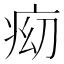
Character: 𱱑